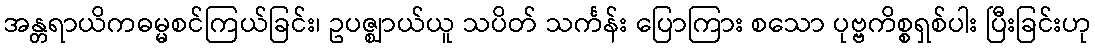
အန္တရာယိကဓမ္မစင်ကြယ်ခြင်း၊ ဥပဇ္ဈာယ်ယူ သပိတ် သင်္ကန်း ပြောကြား စသော ပုဗ္ဗကိစ္စရှစ်ပါး ပြီးခြင်းဟု